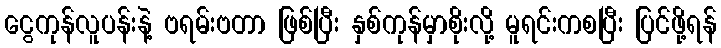
ငွေကုန်လူပန်းနဲ့ ဗရမ်းဗတာ ဖြစ်ပြီး နှစ်ကုန်မှာစိုးလို့ မူရင်းကစပြီး ပြင်ဖို့ရန်